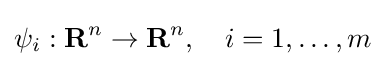
\psi _{i}:\mathbf {R} ^{n}\rightarrow \mathbf {R} ^{n},\quad i=1,\ldots ,m